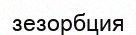
зезорбция